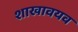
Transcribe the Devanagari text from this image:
शाखावयव